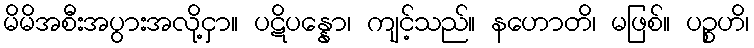
မိမိအစီးအပွားအလို့ငှာ။ ပဋိပန္နော၊ ကျင့်သည်။ နဟောတိ၊ မဖြစ်။ ပဉ္စဟိ၊